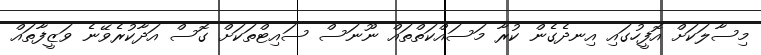
މިސާލަކަށް އޮފީހުގައި އިނދެގެން ކުރާ މަސައްކަތްތައް ނޫނަސް ސައިޓްތަކަށް ގޮސް އަދާކުރެވޭނެ ވަޒީފާތައް